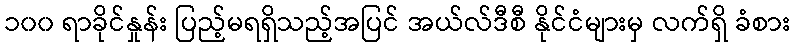
၁၀၀ ရာခိုင်နှုန်း ပြည့်မရရှိသည့်အပြင် အယ်လ်ဒီစီ နိုင်ငံများမှ လက်ရှိ ခံစား